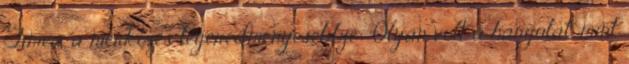
Tímea, a mérkőzés legeredményesebbje: "Olyan volt a hangulat, mint